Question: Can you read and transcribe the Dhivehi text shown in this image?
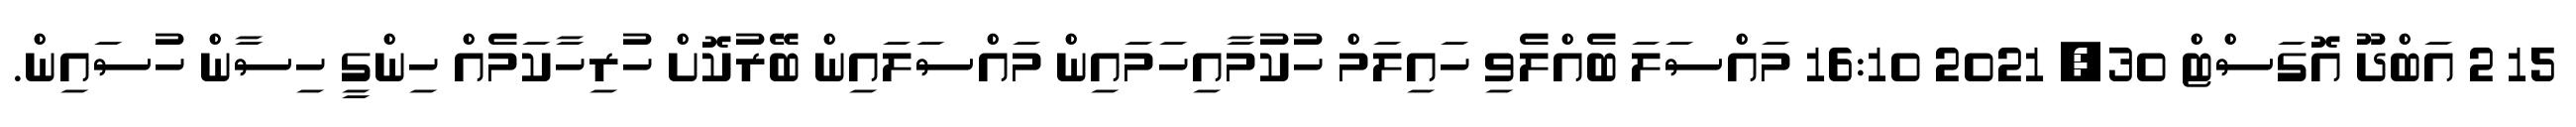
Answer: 15 2 އަބްދޫ އޮގަސްޓް 30, 2021 16:10 މައްސަލަ ބެއްލެވި ހައިލަމް ހުކުމާއިހަމައިން މައްސަލައިން ބޭރުކޮށް ހުރިހާކަމެއް ހިންގީ ހިސާން ހުސައިން.